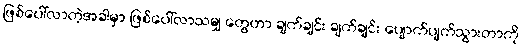
ဖြစ်ပေါ်လာတဲ့အခါမှာ ဖြစ်ပေါ်လာသမျှ တွေဟာ ချက်ချင်း ချက်ချင်း ပျောက်ပျက်သွားတာကို